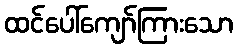
ထင်ပေါ်ကျော်ကြားသော